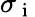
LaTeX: \sigma_{\mathrm{~i~}}